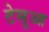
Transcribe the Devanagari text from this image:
टेसुआ